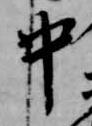
中